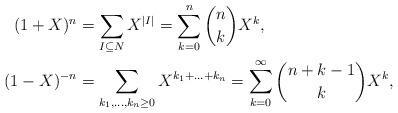
LaTeX: \begin{align*}(1+X)^n&=\sum_{I\subseteq N}X^{|I|}=\sum_{k=0}^n\binom{n}{k}X^k,\\(1-X)^{-n}&=\sum_{k_1,\ldots,k_n\ge 0}X^{k_1+\ldots+k_n}=\sum_{k=0}^\infty\binom{n+k-1}{k}X^k,\end{align*}